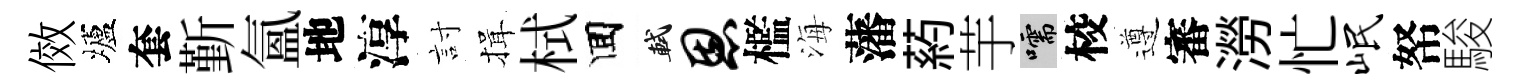
傚壚套斳氳地淳討揖栻囬軾恩檻海藩葯芋嚅校遵審澇忙岷帑駿